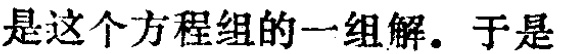
是这个方程组的一组解. 于是